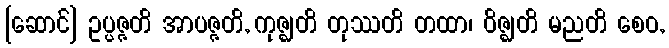
[ဆောင်] ဥပ္ပဇ္ဇတိ အာပဇ္ဇတိ, ကုဇ္ဈတိ တုဿတိ တထာ၊ ဝိဇ္ဈတိ မညတိ စေဝ,